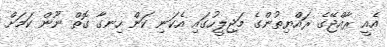
އެއީ ރާއްޖޭގެ ރައްޔިތުންގެ މަޖިލީހުގައި އެކަނި ކަން ހިނގާ ގޮތް ނޫން ކަމަށް